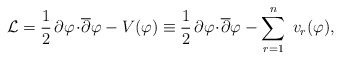
\begin{align*}{\cal L} = \frac{1}{2}\,\partial\varphi\!\cdot\!{\overline\partial}\varphi - V(\varphi) \equiv \frac{1}{2}\,\partial\varphi\!\cdot\!{\overline\partial}\varphi - \sum_{r=1}^n\; v_r(\varphi), \end{align*}